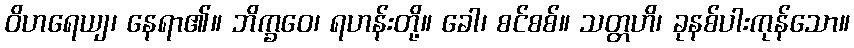
ဝိဟရေယျ၊ နေရာ၏။ ဘိက္ခဝေ၊ ရဟန်းတို့။ ခေါ၊ စင်စစ်။ သတ္တဟိ၊ ခုနစ်ပါးကုန်သော။